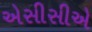
એસીસીએ